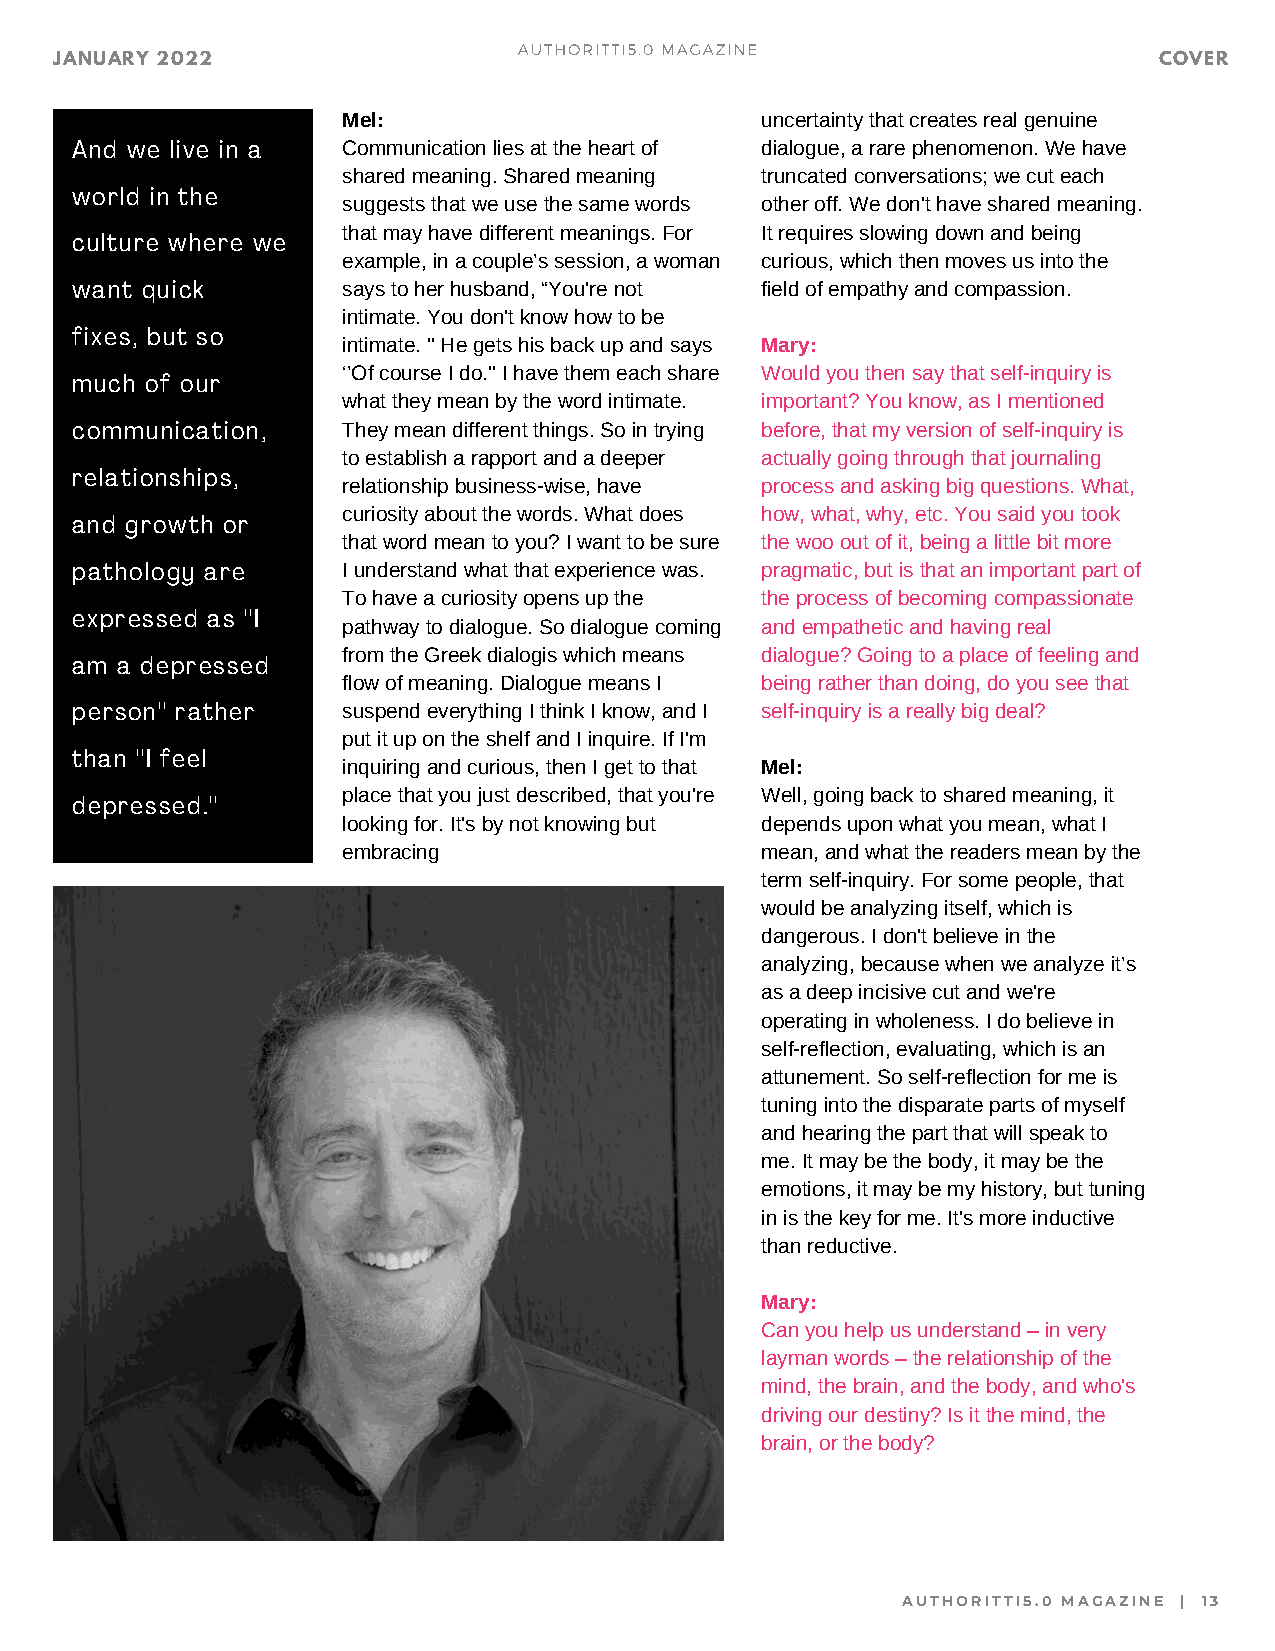
AUTHORITTI5.0 MAGAZINE
 JANUARY 2022                                                             COVER
 Mel:                       uncertainty that creates real genuine
 And we live in a  Communication lies at the heart of dialogue, a rare phenomenon. We have
 shared meaning. Shared meaning truncated conversations; we cut each
 world in the
 suggests that we use the same words other off. We don't have shared meaning.
 that may have different meanings. For It requires slowing down and being
 culture where we
 example, in a couple’s session, a woman curious, which then moves us into the
 want quick        says to her husband, “You're not field of empathy and compassion.
 intimate. You don't know how to be
 fixes, but so
 intimate. '' He gets his back up and says Mary:
 ‘’Of course I do.'' I have them each share Would you then say that self-inquiry is
 much of our
 what they mean by the word intimate. important? You know, as I mentioned
 communication,    They mean different things. So in trying before, that my version of self-inquiry is
 to establish a rapport and a deeper actually going through that journaling
 relationships,
 relationship business-wise, have process and asking big questions. What,
 curiosity about the words. What does how, what, why, etc. You said you took
 and growth or
 that word mean to you? I want to be sure the woo out of it, being a little bit more
 pathology are     I understand what that experience was. pragmatic, but is that an important part of
 To have a curiosity opens up the the process of becoming compassionate
 expressed as ''I
 pathway to dialogue. So dialogue coming and empathetic and having real
 from the Greek dialogis which means dialogue? Going to a place of feeling and
 am a depressed
 flow of meaning. Dialogue means I being rather than doing, do you see that
 person'' rather   suspend everything I think I know, and I self-inquiry is a really big deal?
 put it up on the shelf and I inquire. If I'm
 than ''I feel
 inquiring and curious, then I get to that Mel:
 place that you just described, that you're Well, going back to shared meaning, it
 depressed.''
 looking for. It's by not knowing but depends upon what you mean, what I
 embracing                  mean, and what the readers mean by the
 term self-inquiry. For some people, that
 would be analyzing itself, which is
 dangerous. I don't believe in the
 analyzing, because when we analyze it’s
 as a deep incisive cut and we're
 operating in wholeness. I do believe in
 self-reflection, evaluating, which is an
 attunement. So self-reflection for me is
 tuning into the disparate parts of myself
 and hearing the part that will speak to
 me. It may be the body, it may be the
 emotions, it may be my history, but tuning
 in is the key for me. It's more inductive
 than reductive.
 Mary:
 Can you help us understand – in very
 layman words – the relationship of the
 mind, the brain, and the body, and who's
 driving our destiny? Is it the mind, the
 brain, or the body?
 AUTHORITTI5.0 MAGAZINE | 13